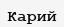
Карий